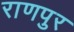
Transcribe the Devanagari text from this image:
राणपुर